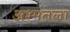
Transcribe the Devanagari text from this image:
अश्मंतला